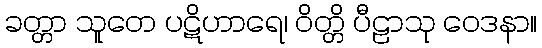
ခတ္တာ သူတေ ပဋိဟာရေ၊ ဝိတ္တိ ပီဠာသု ဝေဒနာ။